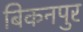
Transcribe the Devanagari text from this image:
बिकनपुर